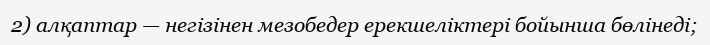
2) алқаптар — негізінен мезобедер ерекшеліктері бойынша бөлінеді;